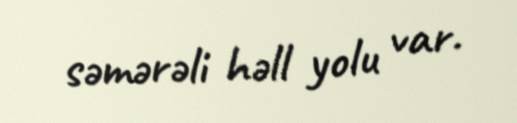
səmərəli həll yolu var.